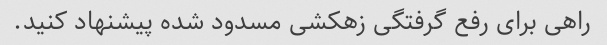
راهی برای رفع گرفتگی زهکشی مسدود شده پیشنهاد کنید.